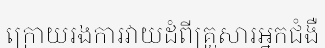
ក្រោយរងការវាយដំពីគ្រួសារអ្នកជំងឺ